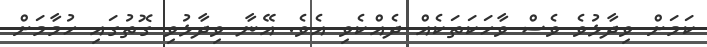
ކަމަށް ވިދާޅުވެ ވެސް ވާހަކަތަކެއް ދެއްކެވި އެވެ. އޭނާ ވިދާޅުވި ގޮތުގައި ހުމާމަށް